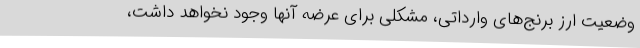
وضعیت ارز برنج‌های وارداتی، مشکلی برای عرضه آنها وجود نخواهد داشت،